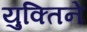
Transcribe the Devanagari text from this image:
युक्तिने